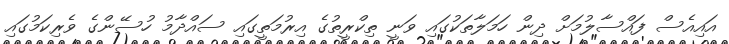
އައިއެސް ފައްސާލުމަށް ދިން ހަމަލާތަކުގައި ވަނީ ތިކްރީތުގެ އިރުމަތީގައި ސައްދާމު ހުސޭންގެ ވެރިކަމުގައި